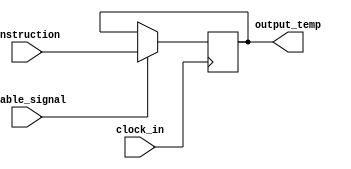
`timescale 1ns / 1ps
module instruction_regfile(input clock_in,input enable_signal,input [31:0]instruction,output reg [31:0]output_temp);
always@(posedge clock_in)
begin if(enable_signal)begin output_temp = instruction;end end endmodule